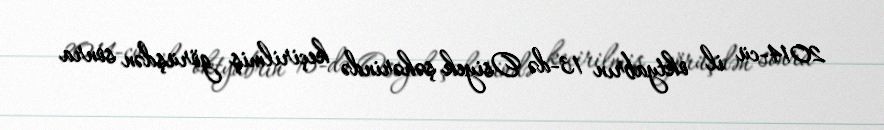
2014-cü il oktyabrın 13-də Osiyek şəhərində keçirilmiş görüşdən sonra